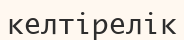
келтірелік